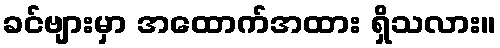
ခင်ဗျားမှာ အထောက်အထား ရှိသလား။